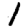
Digit: 1